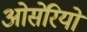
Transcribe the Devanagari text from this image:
ओसेरियो